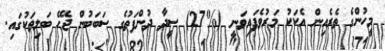
މީހުންގެ ތެރެއިން އެކަކު މަރުވެފައިވަނީ (%27) ސީދާ ދުންފަތުގެ ސަބަބުން ޖެހޭ ބަލިތަކުގައި.